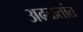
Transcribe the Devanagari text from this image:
अढळतांत